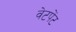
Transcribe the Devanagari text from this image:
वेटपेंट